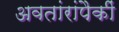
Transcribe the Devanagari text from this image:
अवतांरांपैकीं